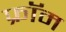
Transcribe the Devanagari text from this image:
फ्राॅम